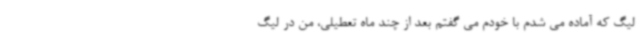
لیگ که آماده می شدم با خودم می گفتم بعد از چند ماه تعطیلی، من در لیگ